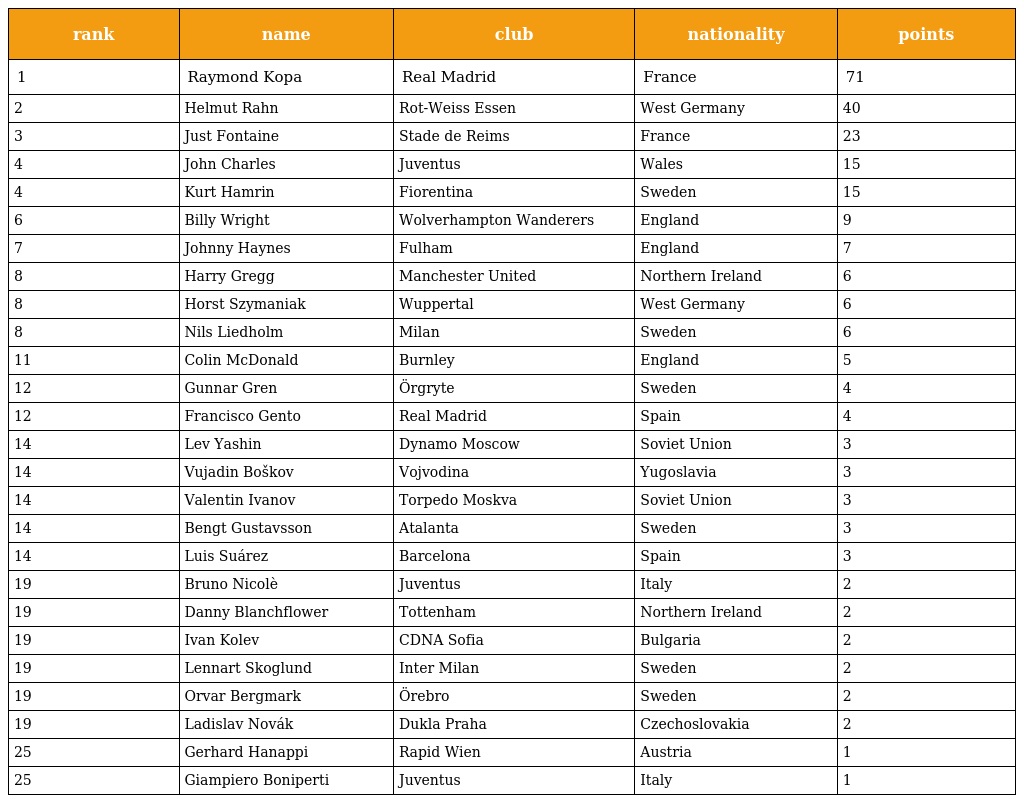
| rank | name | club | nationality | points |
 | --- | --- | --- | --- | --- |
 | 1 | Raymond Kopa | Real Madrid | France | 71 |
 | 2 | Helmut Rahn | Rot-Weiss Essen | West Germany | 40 |
 | 3 | Just Fontaine | Stade de Reims | France | 23 |
 | 4 | John Charles | Juventus | Wales | 15 |
 | 4 | Kurt Hamrin | Fiorentina | Sweden | 15 |
 | 6 | Billy Wright | Wolverhampton Wanderers | England | 9 |
 | 7 | Johnny Haynes | Fulham | England | 7 |
 | 8 | Harry Gregg | Manchester United | Northern Ireland | 6 |
 | 8 | Horst Szymaniak | Wuppertal | West Germany | 6 |
 | 8 | Nils Liedholm | Milan | Sweden | 6 |
 | 11 | Colin McDonald | Burnley | England | 5 |
 | 12 | Gunnar Gren | Örgryte | Sweden | 4 |
 | 12 | Francisco Gento | Real Madrid | Spain | 4 |
 | 14 | Lev Yashin | Dynamo Moscow | Soviet Union | 3 |
 | 14 | Vujadin Boškov | Vojvodina | Yugoslavia | 3 |
 | 14 | Valentin Ivanov | Torpedo Moskva | Soviet Union | 3 |
 | 14 | Bengt Gustavsson | Atalanta | Sweden | 3 |
 | 14 | Luis Suárez | Barcelona | Spain | 3 |
 | 19 | Bruno Nicolè | Juventus | Italy | 2 |
 | 19 | Danny Blanchflower | Tottenham | Northern Ireland | 2 |
 | 19 | Ivan Kolev | CDNA Sofia | Bulgaria | 2 |
 | 19 | Lennart Skoglund | Inter Milan | Sweden | 2 |
 | 19 | Orvar Bergmark | Örebro | Sweden | 2 |
 | 19 | Ladislav Novák | Dukla Praha | Czechoslovakia | 2 |
 | 25 | Gerhard Hanappi | Rapid Wien | Austria | 1 |
 | 25 | Giampiero Boniperti | Juventus | Italy | 1 |